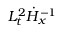
L _ { t } ^ { 2 } \dot { H } _ { x } ^ { - 1 }